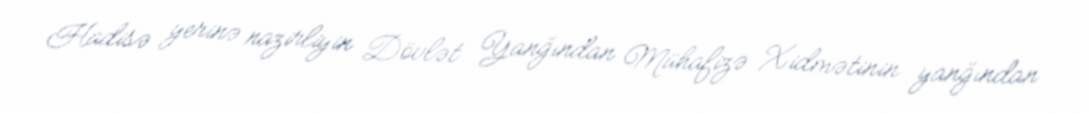
Hadisə yerinə nazirliyin Dövlət Yanğından Mühafizə Xidmətinin yanğından